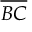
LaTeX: \overline { { B C } }